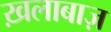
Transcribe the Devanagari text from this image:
ख़लाबाज़